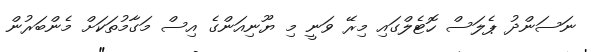
ނަސަންދު ޕެލަސް ހޮޓެލްގައި މިރޭ ވަނީ މި ޔޫނިއަންގެ އިސް މަގާމުތަކަށް މެންބަރުން